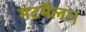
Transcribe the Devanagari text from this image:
मटमैला।